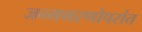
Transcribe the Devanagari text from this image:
जन्ममरणोपरांत